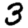
Digit: 3